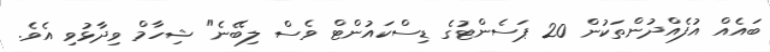
ބައެއް އުފެއްދުންތަކުން 20 ޕަސެންޓުގެ ޑިސްކައުންޓް ވެސް ލިބޭނެ" ޝިހާމް ވިދާޅުވި އެވެ.